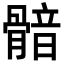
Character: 𩩿